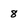
Character: 8